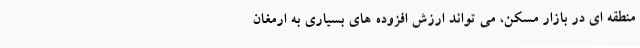
منطقه ای در بازار مسکن، می تواند ارزش افزوده های بسیاری به ارمغان